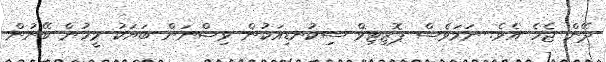
ދޭން ޖެހެ އެވެ. ނަމަވެސް ޕޮޒިޓިވް ސިކުނޑިއަކުން ވިސްނަން ބަޔަކު މީހުން ބޭނުން